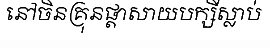
នៅចិនគ្រុនផ្តាសាយបក្សីស្លាប់